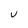
Character: U